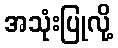
အသုံးပြုလို့